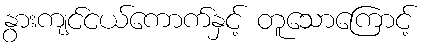
နွားကျင်ငယ်ကောက်နှင့် တူသောကြောင့်